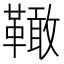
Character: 𩍉